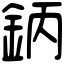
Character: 鈵